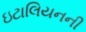
ઇટાલિયનની